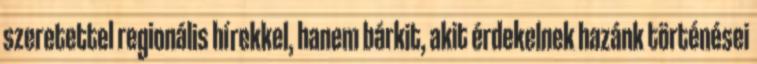
szeretettel regionális hírekkel, hanem bárkit, akit érdekelnek hazánk történései